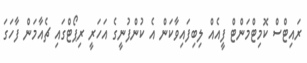
ރައިޓްސް ކޮމިޓްމަންޓް ފީއެއް ލިބިފައިވާކަން އެ ކުންފުނީގެ އަހަރީ ރިޕޯޓްގައި ޗެއާމަން ފާހަގަ